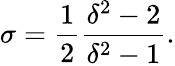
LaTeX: \sigma=\frac 12\frac{\delta^{2}-2}{\delta^{2}-1}.